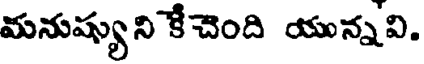
మనుష్యుని కేచెంది యున్నవి.